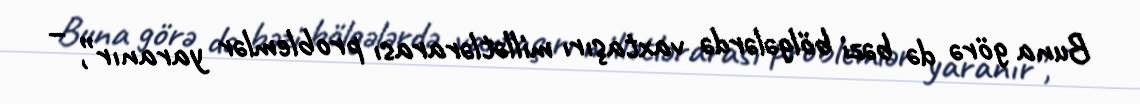
Buna görə də bəzi bölgələrdə vaxtaşırı millətlərarası problemlər yaranır”, –